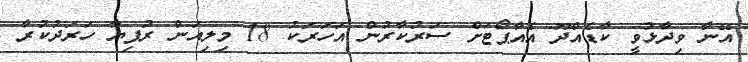
އޭނާ ވިދާޅުވީ ކާޑެއްދޫ އެއާޕޯޓަށް ސަރުކާރުން އަހަރަކު 18 މިލިއަން ރުފިޔާ ހަރަދުކުރާ